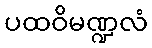
ပထဝိမဏ္ဍလံ